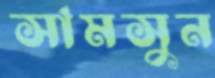
সামসুন